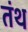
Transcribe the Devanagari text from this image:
तंथ